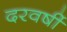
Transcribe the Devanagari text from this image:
दरवर्षी